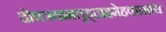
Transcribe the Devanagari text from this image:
दोषत्रयामतृड्दाहमेहकासांश्च